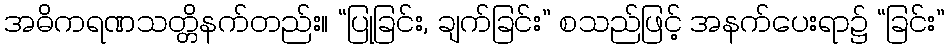
အဓိကရဏသတ္တိနက်တည်း။ “ပြုခြင်း, ချက်ခြင်း” စသည်ဖြင့် အနက်ပေးရာ၌ “ခြင်း”